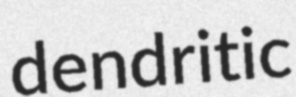
dendritic